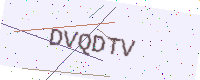
Text: DVQDTV